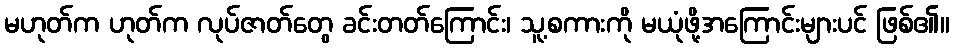
မဟုတ်က ဟုတ်က လုပ်ဇာတ်တွေ ခင်းတတ်ကြောင်း၊ သူ့စကားကို မယုံဖို့အကြောင်းများပင် ဖြစ်၏။